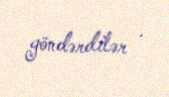
göndərdilər .